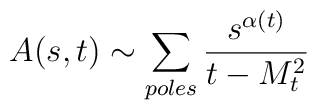
A(s,t)\sim\sum_{poles}\frac{s^{\alpha(t)}}{t-M_{t}^{2}}